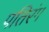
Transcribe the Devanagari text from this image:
पतिरंग